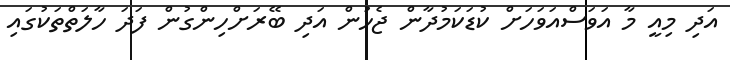
އަދި މިއީ މާ އަވަސްއަވަހަށް ކުޑަކަމުދާން ޖެހުން އަދި ބޭރަށްހިންގުން ފަދަ ހާލަތްތަކުގައި